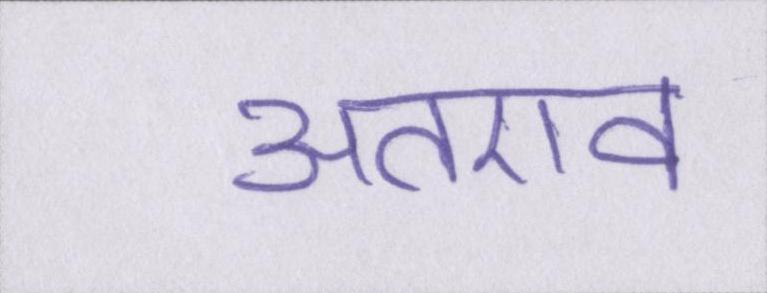
अतएव